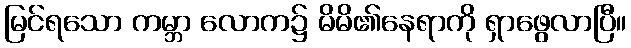
မြင်ရသော ကမ္ဘာ လောက၌ မိမိ၏နေရာကို ရှာဖွေလာပြီ။